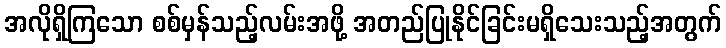
အလိုရှိကြသော စစ်မှန်သည့်လမ်းအဖို့ အတည်ပြုနိုင်ခြင်းမရှိသေးသည့်အတွက်